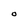
Character: O